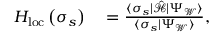
\begin{array} { r l } { H _ { \mathrm { l o c } } \left( \boldsymbol { \sigma } _ { s } \right) } & { { } = \frac { \langle \boldsymbol { \sigma } _ { s } | \hat { \mathcal { H } } | \Psi _ { \mathcal { W } } \rangle } { \langle \boldsymbol { \sigma } _ { s } | \Psi _ { \mathcal { W } } \rangle } , } \end{array}